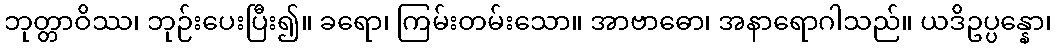
ဘုတ္တာဝိဿ၊ ဘုဉ်းပေးပြီး၍။ ခရော၊ ကြမ်းတမ်းသော။ အာဗာဓော၊ အနာရောဂါသည်။ ယဒိဥပ္ပန္နော၊